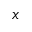
x